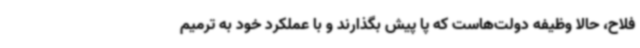
فلاح، حالا وظیفه دولت‌هاست که پا پیش بگذارند و با عملکرد خود به ترمیم